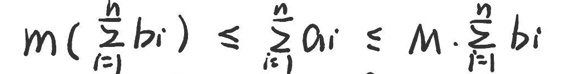
\[m\left(\sum_{i = 1}^{n}b_{i}\right)\leq\sum_{i = 1}^{n}a_{i}\leq M\cdot\sum_{i = 1}^{n}b_{i}\]